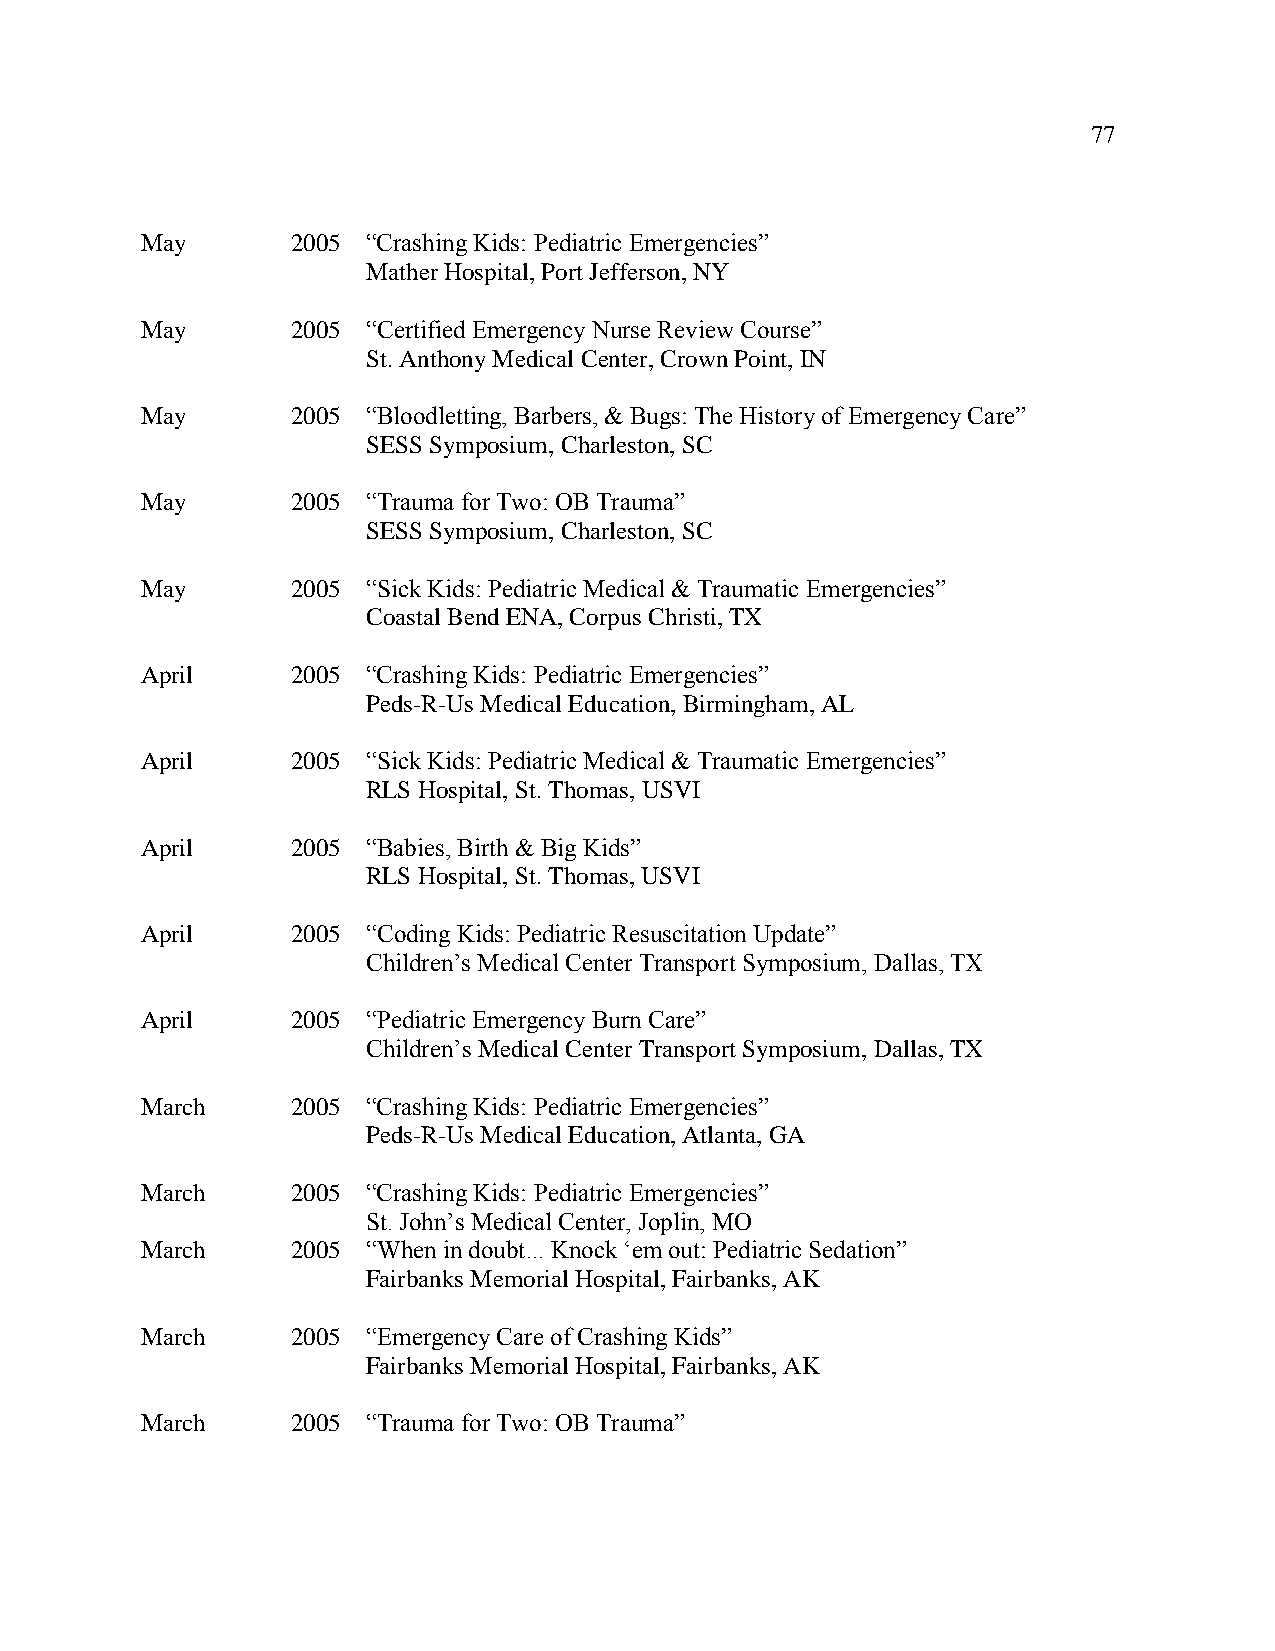
77
 May       2005 “Crashing Kids: Pediatric Emergencies”
 Mather Hospital, Port Jefferson, NY
 May       2005 “Certified Emergency Nurse Review Course”
 St. Anthony Medical Center, Crown Point, IN
 May       2005 “Bloodletting, Barbers, & Bugs: The History of Emergency Care”
 SESS Symposium, Charleston, SC
 May       2005 “Trauma for Two: OB Trauma”
 SESS Symposium, Charleston, SC
 May       2005 “Sick Kids: Pediatric Medical & Traumatic Emergencies”
 Coastal Bend ENA, Corpus Christi, TX
 April     2005 “Crashing Kids: Pediatric Emergencies”
 Peds-R-Us Medical Education, Birmingham, AL
 April     2005 “Sick Kids: Pediatric Medical & Traumatic Emergencies”
 RLS Hospital, St. Thomas, USVI
 April     2005 “Babies, Birth & Big Kids”
 RLS Hospital, St. Thomas, USVI
 April     2005 “Coding Kids: Pediatric Resuscitation Update”
 Children’s Medical Center Transport Symposium, Dallas, TX
 April     2005 “Pediatric Emergency Burn Care”
 Children’s Medical Center Transport Symposium, Dallas, TX
 March     2005 “Crashing Kids: Pediatric Emergencies”
 Peds-R-Us Medical Education, Atlanta, GA
 March     2005 “Crashing Kids: Pediatric Emergencies”
 St. John’s Medical Center, Joplin, MO
 March     2005 “When in doubt... Knock ‘em out: Pediatric Sedation”
 Fairbanks Memorial Hospital, Fairbanks, AK
 March     2005 “Emergency Care of Crashing Kids”
 Fairbanks Memorial Hospital, Fairbanks, AK
 March     2005 “Trauma for Two: OB Trauma”